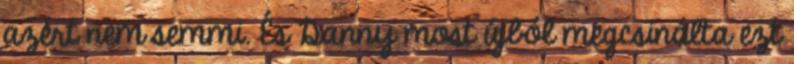
azért nem semmi. És Danny most újból megcsinálta ezt